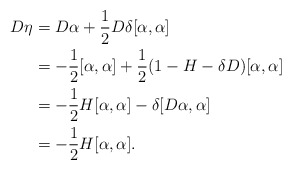
\begin{align*}D\eta &= D\alpha + \frac{1}{2} D\delta [\alpha , \alpha]\\&= -\frac{1}{2}[\alpha , \alpha] + \frac{1}{2}( 1-H-\delta D)[\alpha , \alpha] \\&= -\frac{1}{2} H[\alpha,\alpha] - \delta[ D\alpha , \alpha] \\&= -\frac{1}{2} H[\alpha , \alpha].\end{align*}